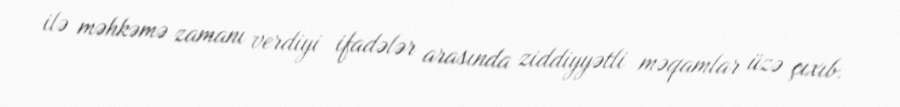
ilə məhkəmə zamanı verdiyi ifadələr arasında ziddiyyətli məqamlar üzə çıxıb.